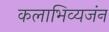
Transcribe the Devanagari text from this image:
कलाभिव्यजंन